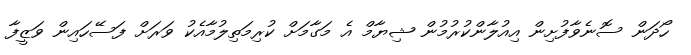
ހޯދަން ސޮނެވާފުށިން އިއުލާންކުރުމުން ޝިޔާމް އެ މަގާމަށް ކުރިމަތިލުމާއެކު ވަރަށް ފަސޭހައިން ވަޒީފާ